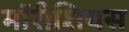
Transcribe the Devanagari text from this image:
मॉरीशियस